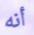
أنه